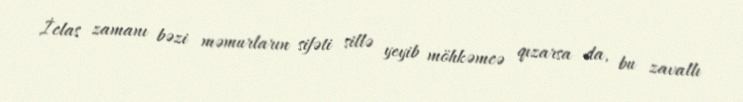
İclas zamanı bəzi məmurların sifəti sillə yeyib möhkəmcə qızarsa da, bu zavallı